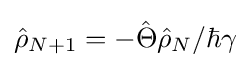
{\hat {\rho }}_{N+1}=-{\hat {\Theta }}{\hat {\rho }}_{N}/\hbar \gamma